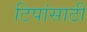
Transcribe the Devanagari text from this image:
टिपांसाठी